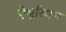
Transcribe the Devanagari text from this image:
ऐथूरियम